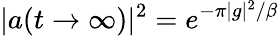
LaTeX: |a(t\rightarrow\infty)|^{2}=e^{-\pi|g|^{2}/\beta}